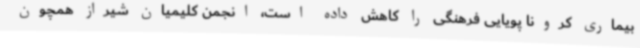
بیماری کرونا پویایی فرهنگی را کاهش داده است، انجمن کلیمیان شیراز همچون